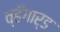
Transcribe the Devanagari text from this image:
व्हँगार्ड